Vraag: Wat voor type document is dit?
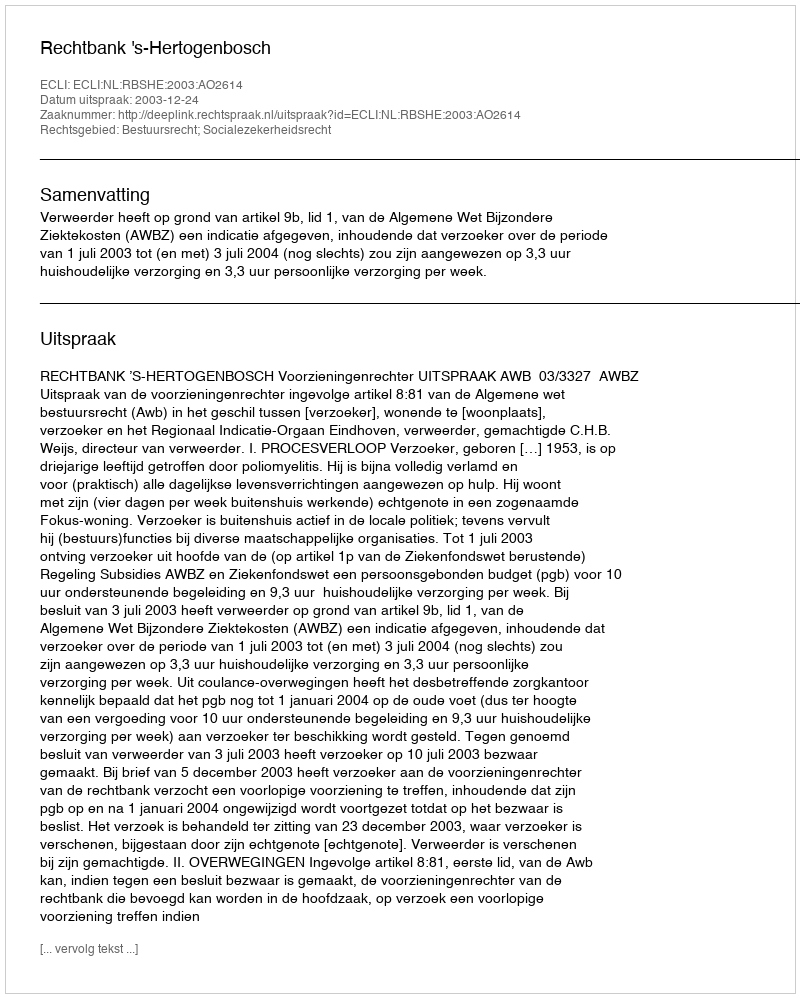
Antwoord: Uitspraak